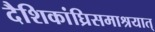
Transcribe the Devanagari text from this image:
दैशिकांघ्रिसमाश्रयात्